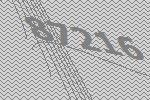
87216